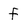
Character: f